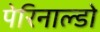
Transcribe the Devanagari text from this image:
पेरिनाल्डो